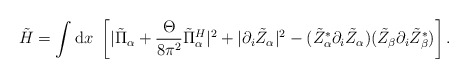
\begin{align*}\tilde{H}=\int {\rm d}x~\left[|\tilde{\Pi}_{\alpha}+\frac{\Theta}{8\pi^{2}}\tilde{\Pi}_{\alpha}^{H}|^{2}+|\partial_{i}\tilde{Z}_{\alpha}|^{2}-(\tilde{Z}_{\alpha}^{*}\partial_{i}\tilde{Z}_{\alpha})(\tilde{Z}_{\beta}\partial_{i}\tilde{Z}_{\beta}^{*})\right].\end{align*}